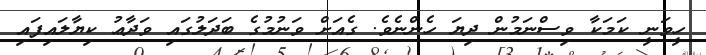
ހީވަނީ ކަމަކާ ވިސްނަމުން ދިޔަ ހެންނެވެ. ގެއަށް ވަނުމުގެ ބަދަލުގައި ވަދާޢު ކިޔާލައިފައި